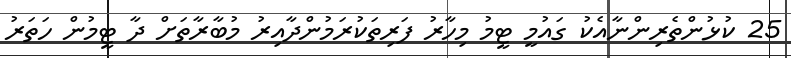
25 ކުޅުންތެރިންނާއެކު ގައުމީ ޓީމު މިހާރު ފަރިތަކުރަމުންދާއިރު މުބާރާތަށް ދާ ޓީމުން ހަތަރު